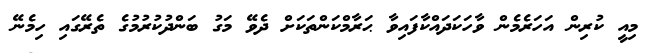
މިއީ ކުރިން އަހަރެމެން ވާހަކަދައްކާފައިވާ ޙަރާމްކަންތަކަށް ދެވޭ މަގު ބަންދުކުރުމުގެ ތެރޭގައި ހިމެނޭ